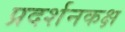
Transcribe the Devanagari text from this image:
प्रदर्शनकक्ष